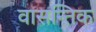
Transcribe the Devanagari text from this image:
वासन्तिक